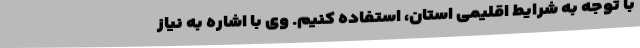
با توجه به شرایط اقلیمی استان، استفاده کنیم. وی با اشاره به نیاز